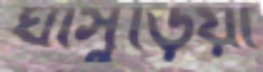
ঘাসুড়িয়া